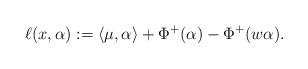
LaTeX: \begin{align*}\ell(x,\alpha) := \langle\mu,\alpha\rangle + \Phi^+(\alpha) - \Phi^+(w\alpha).\end{align*}